Annual report on the Civil Veterinary Department, Burma (including the Insein Veterinary School) - 1923-1931
Year: 1923
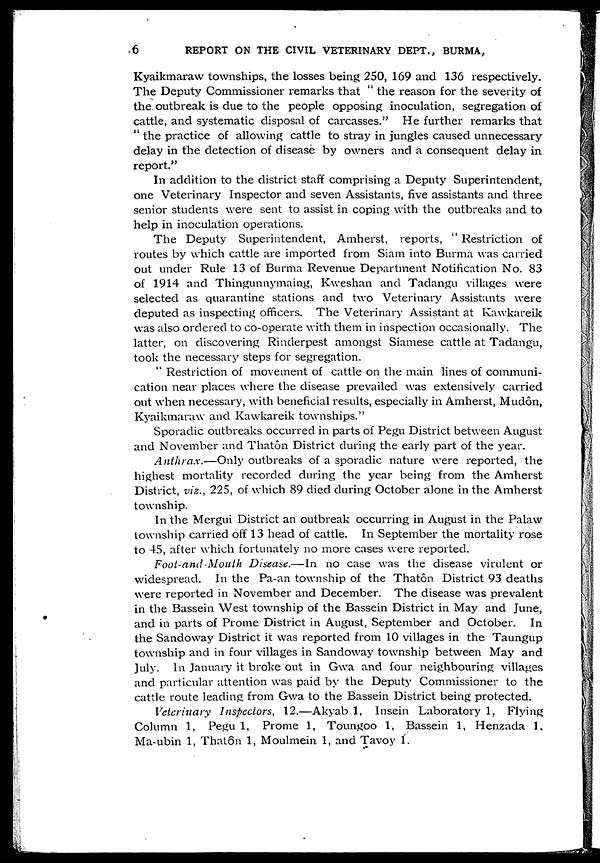
6
REPORT ON THE CIVIL VETERINARY DEPT., BURMA,
Kyaikmaraw townships, the losses being 250, 169 and 136 respectively.
The Deputy Commissioner remarks that " the reason for the severity of
the outbreak is due to the people opposing inoculation, segregation of
cattle, and systematic disposal of carcasses." He further remarks that
" the practice of allowing cattle to stray in jungles caused unnecessary
delay in the detection of disease by owners and a consequent delay in
report."
In addition to the district staff comprising a Deputy Superintendent,
one Veterinary Inspector and seven Assistants, five assistants and three
senior students were sent to assist in coping with the outbreaks and to
help in inoculation operations.
The Deputy Superintendent, Amherst, reports, " Restriction of
routes by which cattle are imported from Siam into Burma was carried
out under Rule 13 of Burma Revenue Department Notification No. 83
of 1914 and Thingunnymaing, Kweshan and Tadangu villages were
selected as quarantine stations and two Veterinary Assistants were
deputed as inspecting officers. The Veterinary Assistant at Kawkareik
was also ordered to co-operate with them in inspection occasionally. The
latter, on discovering Rinderpest amongst Siamese cattle at Tadangu,
took the necessary steps for segregation.
" Restriction of movement of cattle on the main lines of communi-
cation near places where the disease prevailed was extensively carried
out when necessary, with beneficial results, especially in Amherst, Mudôn,
Kyaikmaraw and Kawkareik townships."
Sporadic outbreaks occurred in parts of Pegu District between August
and November and Thatôn District during the early part of the year.
Anthrax.—Only
outbreaks of a sporadic nature were reported, the
highest mortality recorded during the year being from the Amherst
District, viz., 225, of which 89 died during October alone in the Amherst
township.
In the Mergui District an outbreak occurring in August in the Palaw
township carried off 13 head of cattle. In September the mortality rose
to 45, after which fortunately no more cases were reported.
Foot-and-Mouth
Disease.—In no case was the disease virulent or
widespread. In the Pa-an township of the Thatôn District 93 deaths
were reported in November and December. The disease was prevalent
in the Bassein West township of the Bassein District in May and June,
and in parts of Prome District in August, September and October. In
the Sandoway District it was reported from 10 villages in the Taungup
township and in four villages in Sandoway township between May and
July. In January it broke out in Gwa and four neighbouring villages
and particular attention was paid by the Deputy Commissioner to the
cattle route leading from Gwa to the Bassein District being protected.
Veterinary Inspectors, 12.—Akyab 1, Insein Laboratory 1, Flying
Column 1, Pegu 1, Prome 1, Toungoo 1, Bassein 1, Henzada 1,
Ma-ubin 1, Thatôn 1, Moulmein 1, and Tavoy 1.